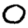
Digit: 0